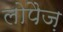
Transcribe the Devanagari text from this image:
लोपैज़